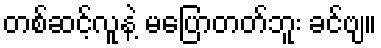
တစ်ဆင့်လူနဲ့ မပြောတတ်ဘူး ခင်ဗျ။